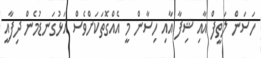
ހަސަން ލަތީފް އާއި ޝިފާ އާއި ހިސާން މީ އެއްގޮތަކަށްވެސް އަޅުގަނޑުމެން ދިފާއީ